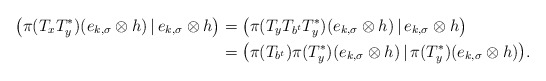
\begin{align*}\big(\pi(T_xT_y^*)(e_{k,\sigma}\otimes h)\,|\,e_{k,\sigma}\otimes h\big)&=\big(\pi(T_yT_{b^t}T_y^*)(e_{k,\sigma}\otimes h)\,|\,e_{k,\sigma}\otimes h\big)\\&=\big(\pi(T_{b^t})\pi(T_y^*)(e_{k,\sigma}\otimes h)\,|\,\pi(T_y^*)(e_{k,\sigma}\otimes h)\big).\end{align*}